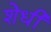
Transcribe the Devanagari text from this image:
शेधी